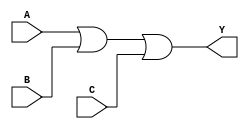
module comb_logic_block_OR (
    input wire A, 
    input wire B, 
    input wire C, 
    output reg Y
);

assign Y = A | B | C;

endmodule